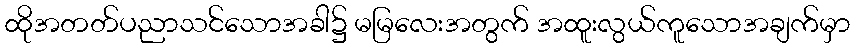
ထိုအတတ်ပညာသင်သောအခါ၌ မမြလေးအတွက် အထူးလွယ်ကူသောအချက်မှာ